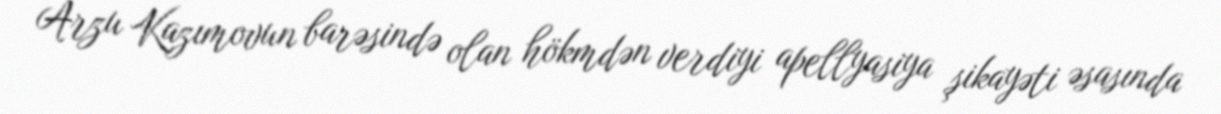
Arzu Kazımovun barəsində olan hökmdən verdiyi apellyasiya şikayəti əsasında